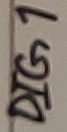
Text: DIG1